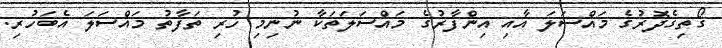
ގޯތިގެދޮރުގެ މައްސަލަ އާއި އިންފާރުގެ މައްސަލަތަކާ ނުނިމި ހުރި ތަފާތު މައްސަލަ އެބަހުރި.